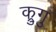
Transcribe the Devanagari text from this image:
क्रुगु